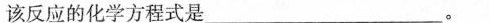
该反应的化学方程式是___。